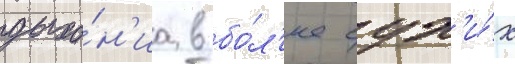
дыха́н'иа в бо́л'ее сух'и́х